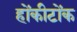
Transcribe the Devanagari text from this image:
होंकीटोंक